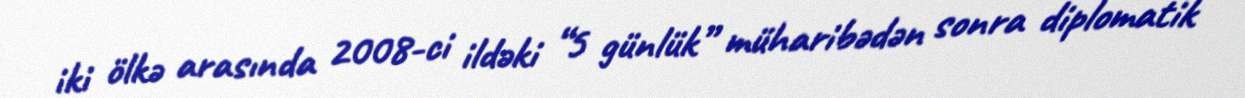
iki ölkə arasında 2008-ci ildəki “5 günlük” müharibədən sonra diplomatik